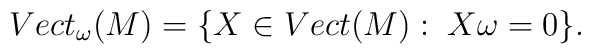
Vect_{\omega}(M) =\{X\in Vect(M):\;X\omega=0\}.